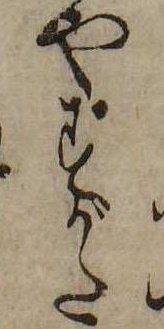
やすがた